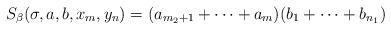
LaTeX: \begin{align*}S_\beta(\sigma,a,b,x_m,y_n)=(a_{m_2+1}+\dots+a_{m})(b_{1}+\dots+b_{n_1})\end{align*}